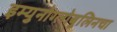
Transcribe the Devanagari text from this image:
इम्युनोग्लोबुलिनचा